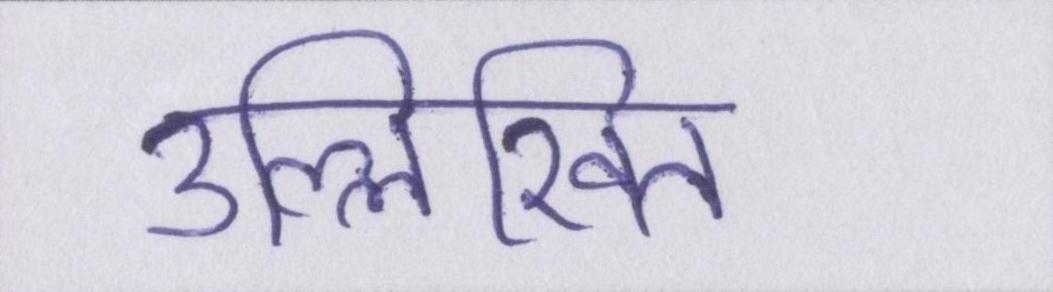
उल्लिखित